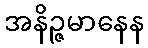
အနိဉ္ဇမာနေန